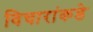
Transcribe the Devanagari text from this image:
विचारांकडे